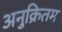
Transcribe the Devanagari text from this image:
अनुक्रितम